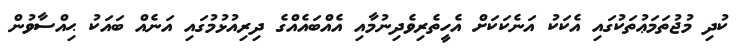
ކުދި މުޖުތަމަޢުތަކުގައި އެކަކު އަނެކަކަށް އެހީތެރިވެދިނުމާއި އެއްބައެއްގެ ދިރިއުޅުމުގައި އަނެއް ބައަކު ޙިއްސާވުން